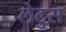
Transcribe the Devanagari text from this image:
लेटुस